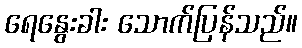
ရေနွေးခါး သောက်ပြန်သည်။